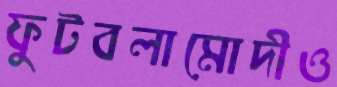
ফুটবলামোদীও